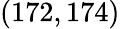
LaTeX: (172,174)